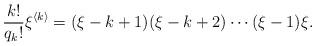
LaTeX: \begin{align*}\frac{k!}{q_k!}\xi^{\langle k \rangle}=(\xi-k+1)(\xi-k+2)\cdots (\xi-1)\xi.\end{align*}